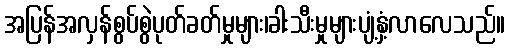
အပြန်အလှန်စွပ်စွဲပုတ်ခတ်မှုများ၊ခါးသီးမှုများပျံ့နှံ့လာလေသည်။